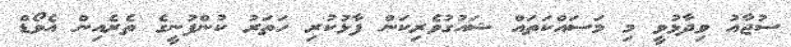
ސުޖާއު ވިދާޅުވީ މި މަސައްކަތައް ޝައުގުވެރިކަން ފާޅުކުރި ހަތަރު ކުންފުނީގެ ތެރެއިން އެވޯޑް